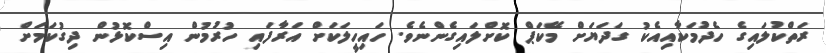
ރަތްކުލައިގެ ހެދުމަކާއިއެކު ގަދަޔަށް މޭކަޕް ކޮށްލައިގެންނެވެ. ހައިހީލަކަށް އަރާފައި ހުރުމުން އިސްކޮޅުން ދިގުކަމަށް